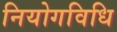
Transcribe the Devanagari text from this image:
नियोगविधि